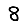
Digit: 8